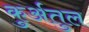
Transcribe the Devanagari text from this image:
कुर्अतुल